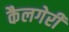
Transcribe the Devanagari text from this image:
कैलगेरी